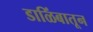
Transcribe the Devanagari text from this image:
डाळिंबातून